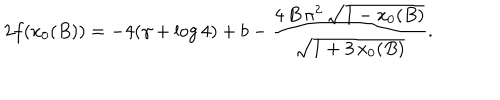
2 f ( x _ { 0 } ( B ) ) = - 4 ( \gamma + \log 4 ) + b - \frac { 4 \, B \, { \pi } ^ { 2 } \, { \sqrt { 1 - x _ { 0 } ( B ) } } } { { \sqrt { 1 + 3 \, x _ { 0 } ( B ) } } } .